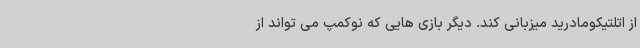
از اتلتیکومادرید میزبانی کند. دیگر بازی هایی که نوکمپ می تواند از